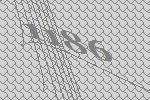
1186